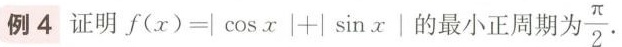
例4 证明$$f ( x ) = | \cos x | + | \sin x|$$的最小正周期\frac{\pi}{2}.